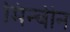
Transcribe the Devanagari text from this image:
मिन्चीन